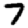
Digit: 7